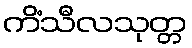
ကိံသီလသုတ္တ